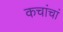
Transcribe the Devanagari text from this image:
कचांचां